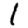
Digit: 1